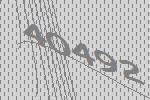
40492